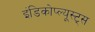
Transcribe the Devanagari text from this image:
इंडिकोप्ल्यूस्ट्स